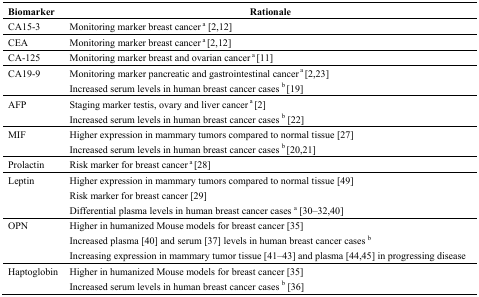
| Biomarker | Rationale |
 | --- | --- |
 | CA15-3 | Monitoring marker breast cancer a [2,12] |
 | CEA | Monitoring marker breast cancer a [2,12] |
 | CA-125 | Monitoring marker breast and ovarian cancer a [11] |
 | CA19-9 | Monitoring marker pancreatic and gastrointestinal cancer a [2,23]Increased serum levels in human breast cancer cases b [19] |
 | AFP | Staging marker testis, ovary and liver cancer a [2]Increased serum levels in human breast cancer cases b [22] |
 | MIF | Higher expression in mammary tumors compared to normal tissue [27]Increased serum levels in human breast cancer cases b [20,21] |
 | Prolactin | Risk marker for breast cancer a [28] |
 | Leptin | Higher expression in mammary tumors compared to normal tissue [49]Risk marker for breast cancer [29]Differential plasma levels in human breast cancer cases a [30–32,40] |
 | OPN | Higher in humanized Mouse models for breast cancer [35]Increased plasma [40] and serum [37] levels in human breast cancer cases bIncreasing expression in mammary tumor tissue [41–43] and plasma [44,45] in progressing disease |
 | Haptoglobin | Higher in humanized Mouse models for breast cancer [35]Increased serum levels in human breast cancer cases b [36] |